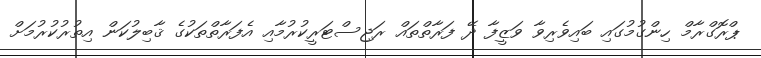
ޕްރޮގްރާމް ހިންގުމުގައި ބައިވެރިވާ ވަޒީފާ ދޭ ފަރާތްތައް ރަޖިސްޓަރީކުރުމާއި އެފަރާތްތަކުގެ ޤާބިލުކަން އިތުރުކުރުމަށް